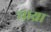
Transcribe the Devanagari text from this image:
चाय्रा